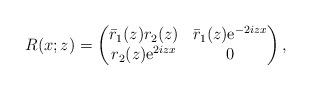
LaTeX: \begin{align*}R(x;z)=\begin{pmatrix}\bar{r}_1(z) r_2(z) & \bar{r}_1(z) \mathrm{e}^{-2iz x} \\r_2(z) \mathrm{e}^{2iz x} & 0\end{pmatrix},\end{align*}